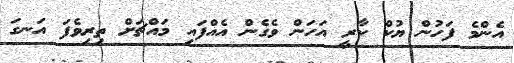
އެންމެ ފަހުން ޔުކް ކާރީ އަހަން ވެގެން އެއްފައި މައްޗަށް ތިރިވެފަ އަނގަ